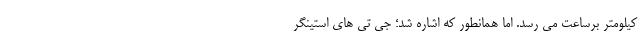
کیلومتر برساعت می رسد. اما همانطور که اشاره شد؛ جی تی های استینگر